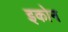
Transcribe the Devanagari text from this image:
इकोन